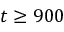
t \geq 9 0 0